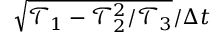
\sqrt { \mathcal { T } _ { 1 } - \mathcal { T } _ { 2 } ^ { 2 } / \mathcal { T } _ { 3 } } / \Delta t